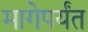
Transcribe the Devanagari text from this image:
मागेपर्यंत